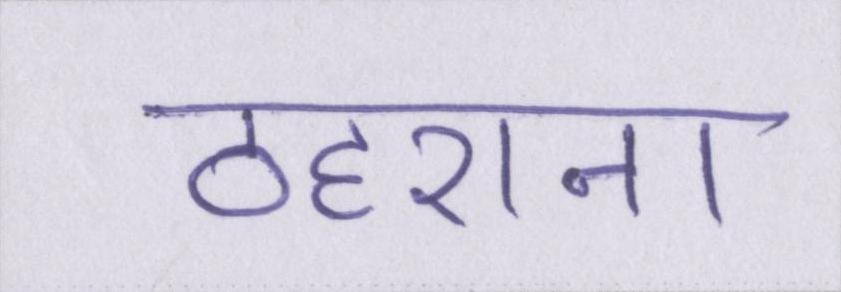
ठहराना